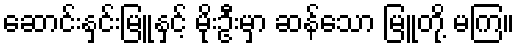
ဆောင်းနှင်းမြူနှင့် မိုးဦးမှာ ဆန်သော မြူတို့ မကြ။